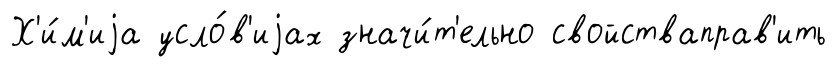
Х'и́м'иjа усло́в'иjах значи́т'ельно свойстваправ'ить